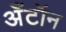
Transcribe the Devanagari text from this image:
अँटॉन